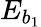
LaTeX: E_{b_{1}}